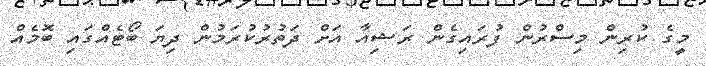
މީގެ ކުރިން މިސްރުން ފުރައިގެން ރަޝިއާ އަށް ދަތުރުކުރަމުން ދިޔަ ބޯޓެއްގައި ބޮމެއް